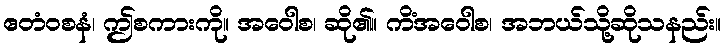
ဧတံဝစနံ၊ ဤစကားကို။ အဝေါစ၊ ဆို၏။ ကိံအဝေါစ၊ အဘယ်သို့ဆိုသနည်း။